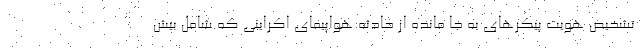
تشخیص هویت پیکرهای به جا مانده از حادثه هواپیمای اکراینی که شامل بیش